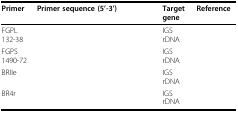
<table><thead><tr><td><b>Primer</b></td><td><b>Primer sequence (5'-3')</b></td><td><b>Target gene</b></td><td><b>Reference</b></td></tr></thead><tbody><tr><td>FGPL 132-38</td><td>[EMPTY_CELL]</td><td>IGS rDNA</td><td>[EMPTY_CELL]</td></tr><tr><td>FGPS 1490-72</td><td>[EMPTY_CELL]</td><td>IGS rDNA</td><td>[EMPTY_CELL]</td></tr><tr><td>BRIIe</td><td>[EMPTY_CELL]</td><td>IGS rDNA</td><td>[EMPTY_CELL]</td></tr><tr><td>BR4r</td><td>[EMPTY_CELL]</td><td>IGS rDNA</td><td>[EMPTY_CELL]</td></tr></tbody></table>